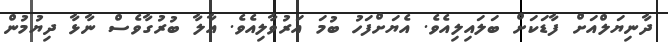
ދާނިޔަލްއަށް ފާޑަކަށް ބަލައިލިއެވެ. އެޔަށްފަހު ބުމަ އަރުވާލިއެވެ. އާލާ ބުރުގާވެސް ނާޅާ ދިޔުމުން